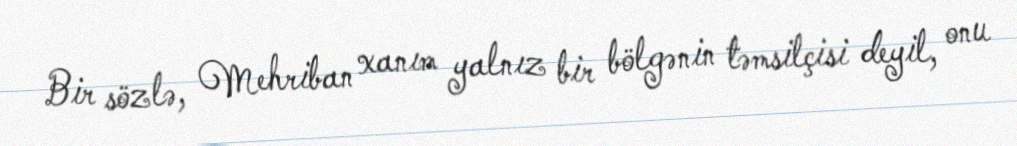
Bir sözlə, Mehriban xanım yalnız bir bölgənin təmsilçisi deyil, onu